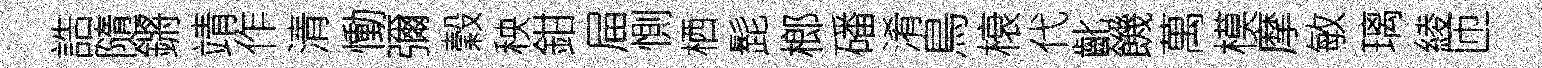
誥隨鏘靖作清慟彌穀秧鉗屇惻栖髭榔磻淆鳥榱代齔饑萬模摩敏璃綾匝